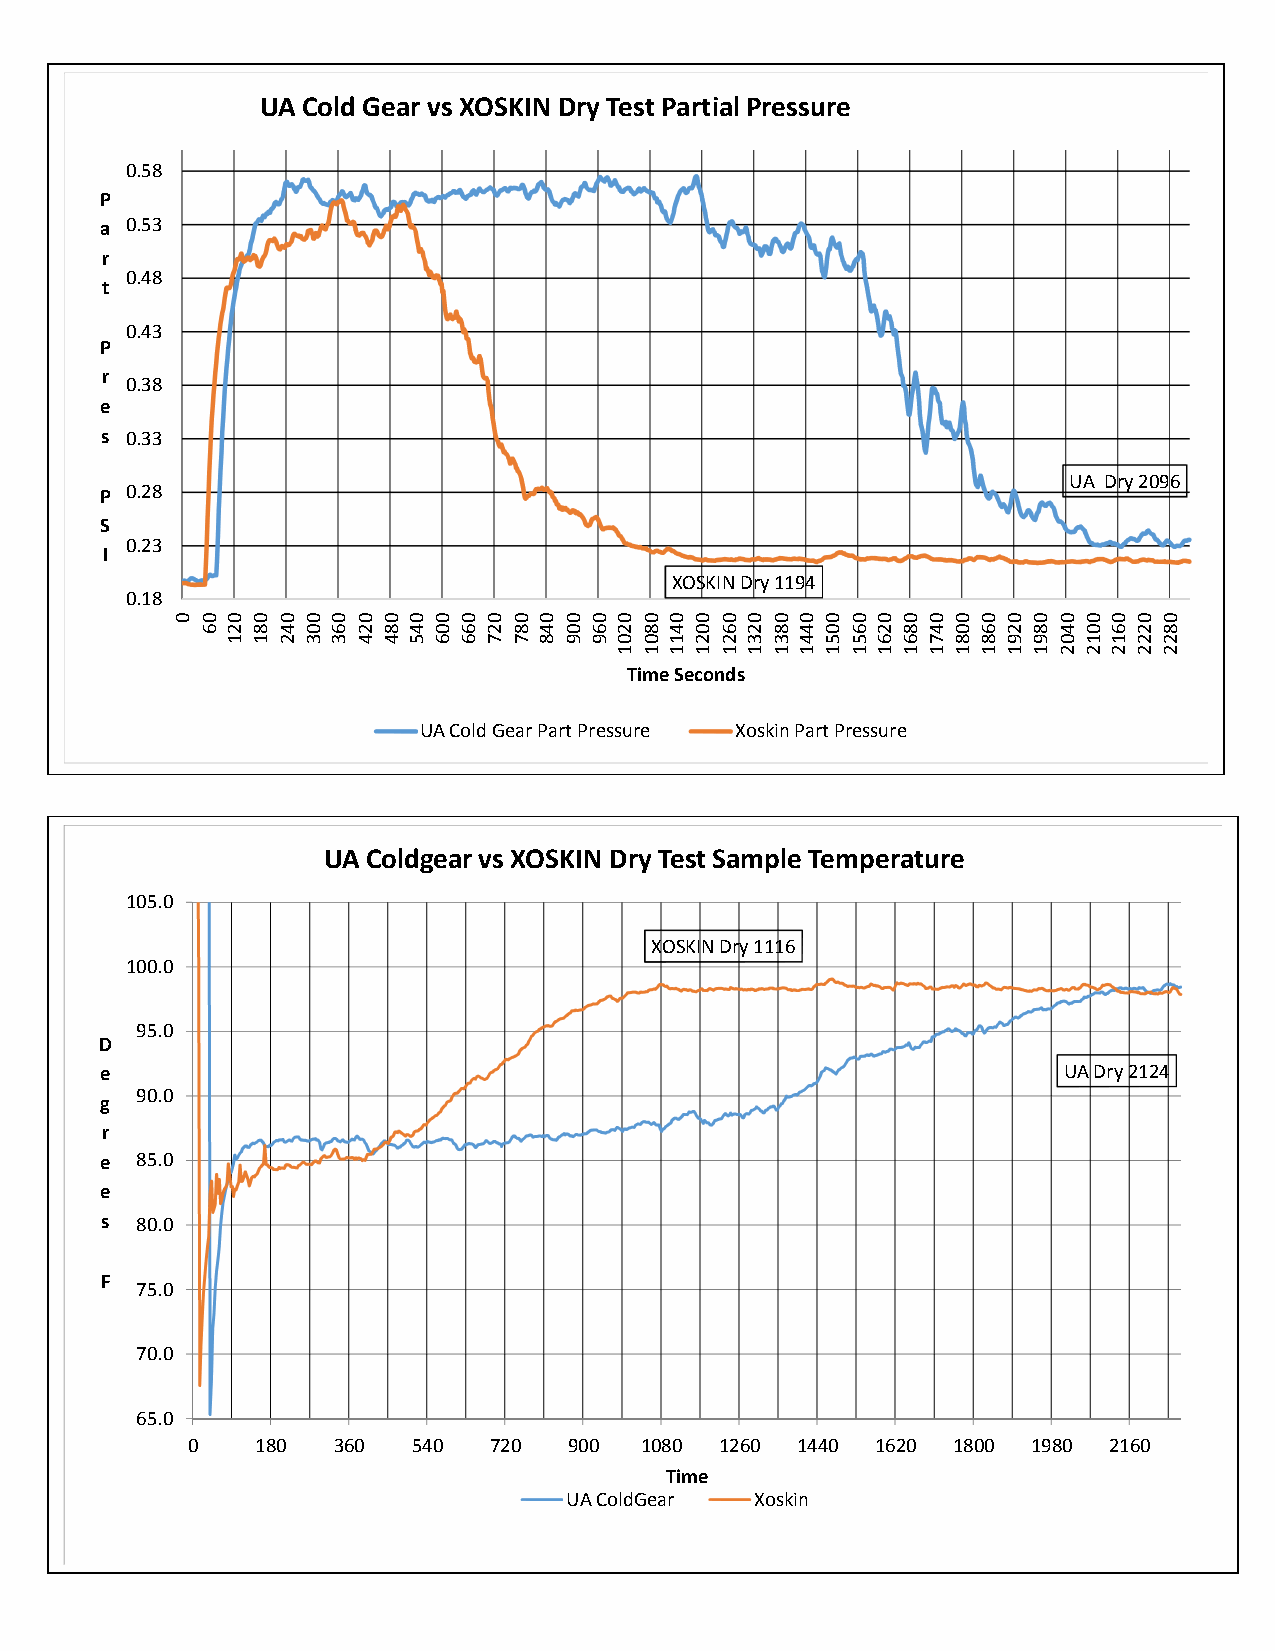
UA Cold Gear vs XOSKIN Dry Test PartialPressure
 0.58
 P
 a 0.53
 r
 0.48
 t
 0.43
 P
 r
 0.38
 e
 s 0.33
 UA Dry2096
 P 0.28
 S
 0.23
 I
 XOSKINDry1194
 0.18
 TimeSeconds
 UAColdGearPartPressure XoskinPartPressure
 UA Coldgearvs XOSKIN Dry Test Sample Temperature
 105.0
 XOSKINDry1116
 100.0
 95.0
 D
 e                                                              UADry2124
 90.0
 g
 r
 e 85.0
 e
 s 80.0
 F
 75.0
 70.0
 65.0
 0    180  360  540  720   900 1080  1260 1440 1620 1800 1980 2160
 Time
 UAColdGear  Xoskin
 0 06 021 081 042 003 063 024 084 045 006 066 027 087 048 009 069 0201 0801 0411 0021 0621 0231 0831 0441 0051 0651 0261 0861 0471 0081 0681 0291 0891 0402 0012 0612 0222 0822